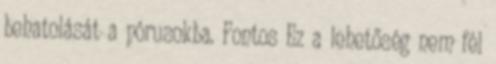
behatolását a pórusokba. Fontos Ez a lehetőség nem fél